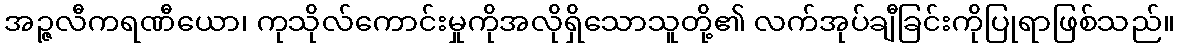
အဉ္ဇလီကရဏီယော၊ ကုသိုလ်ကောင်းမှုကိုအလိုရှိသောသူတို့၏ လက်အုပ်ချီခြင်းကိုပြုရာဖြစ်သည်။